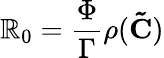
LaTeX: \mathbb{R}_{0}=\frac{{\Phi}}{{\Gamma}}\rho(\mathbf{{\tilde{{C}}}})